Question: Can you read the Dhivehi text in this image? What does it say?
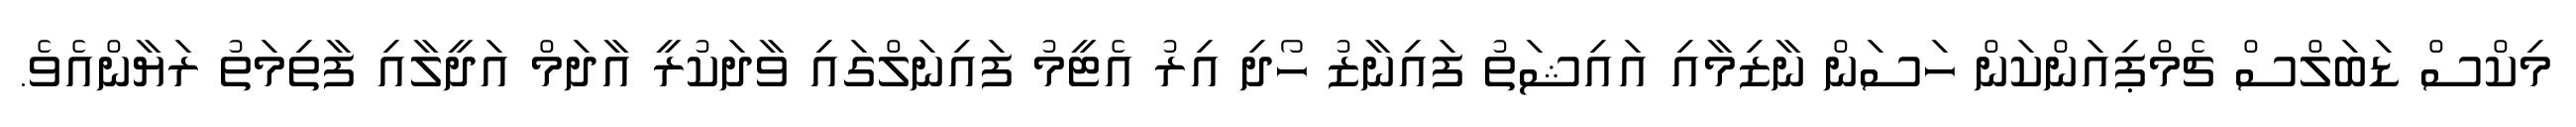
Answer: މިކްސް ޑަބަލްސް ޗެމްޕިއަންކަން ހަސަން ނާޒިމާއި އައިޝަތު ފައިނާޒު ހޯދި އިރު އެޓީމު ފައިނަލްގައި ވާދަކުރީ އާދަމް އަދީލާއި ފާތިމަތު ރަޔާންއެވެ.